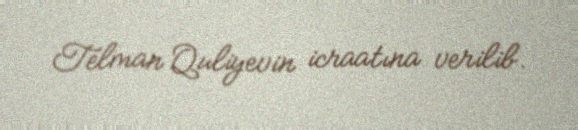
Telman Quliyevin icraatına verilib.